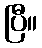
ပြီ။